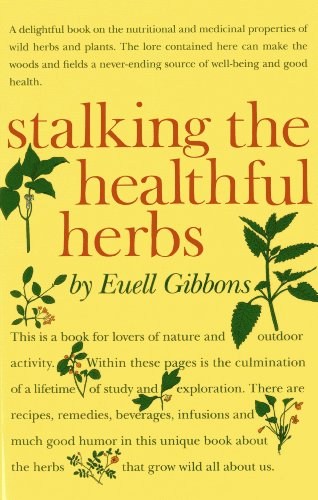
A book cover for Stalking The Healthful Herbs (19660101); Euell Gibbons; Crafts, Hobbies & Home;